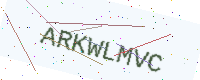
Text: ARKWLMVC